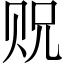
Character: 贶